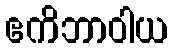
ဧကိဘာဝါယ